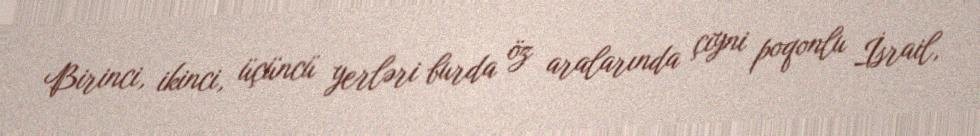
Birinci, ikinci, üçüncü yerləri burda öz aralarında çiyni poqonlu İsrail,